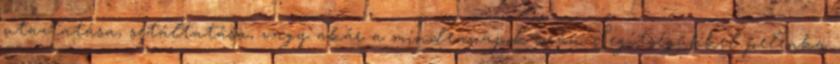
utaztatása, sétáltatása, vagy akár a mindennapok során. Segítségükkel pelenka